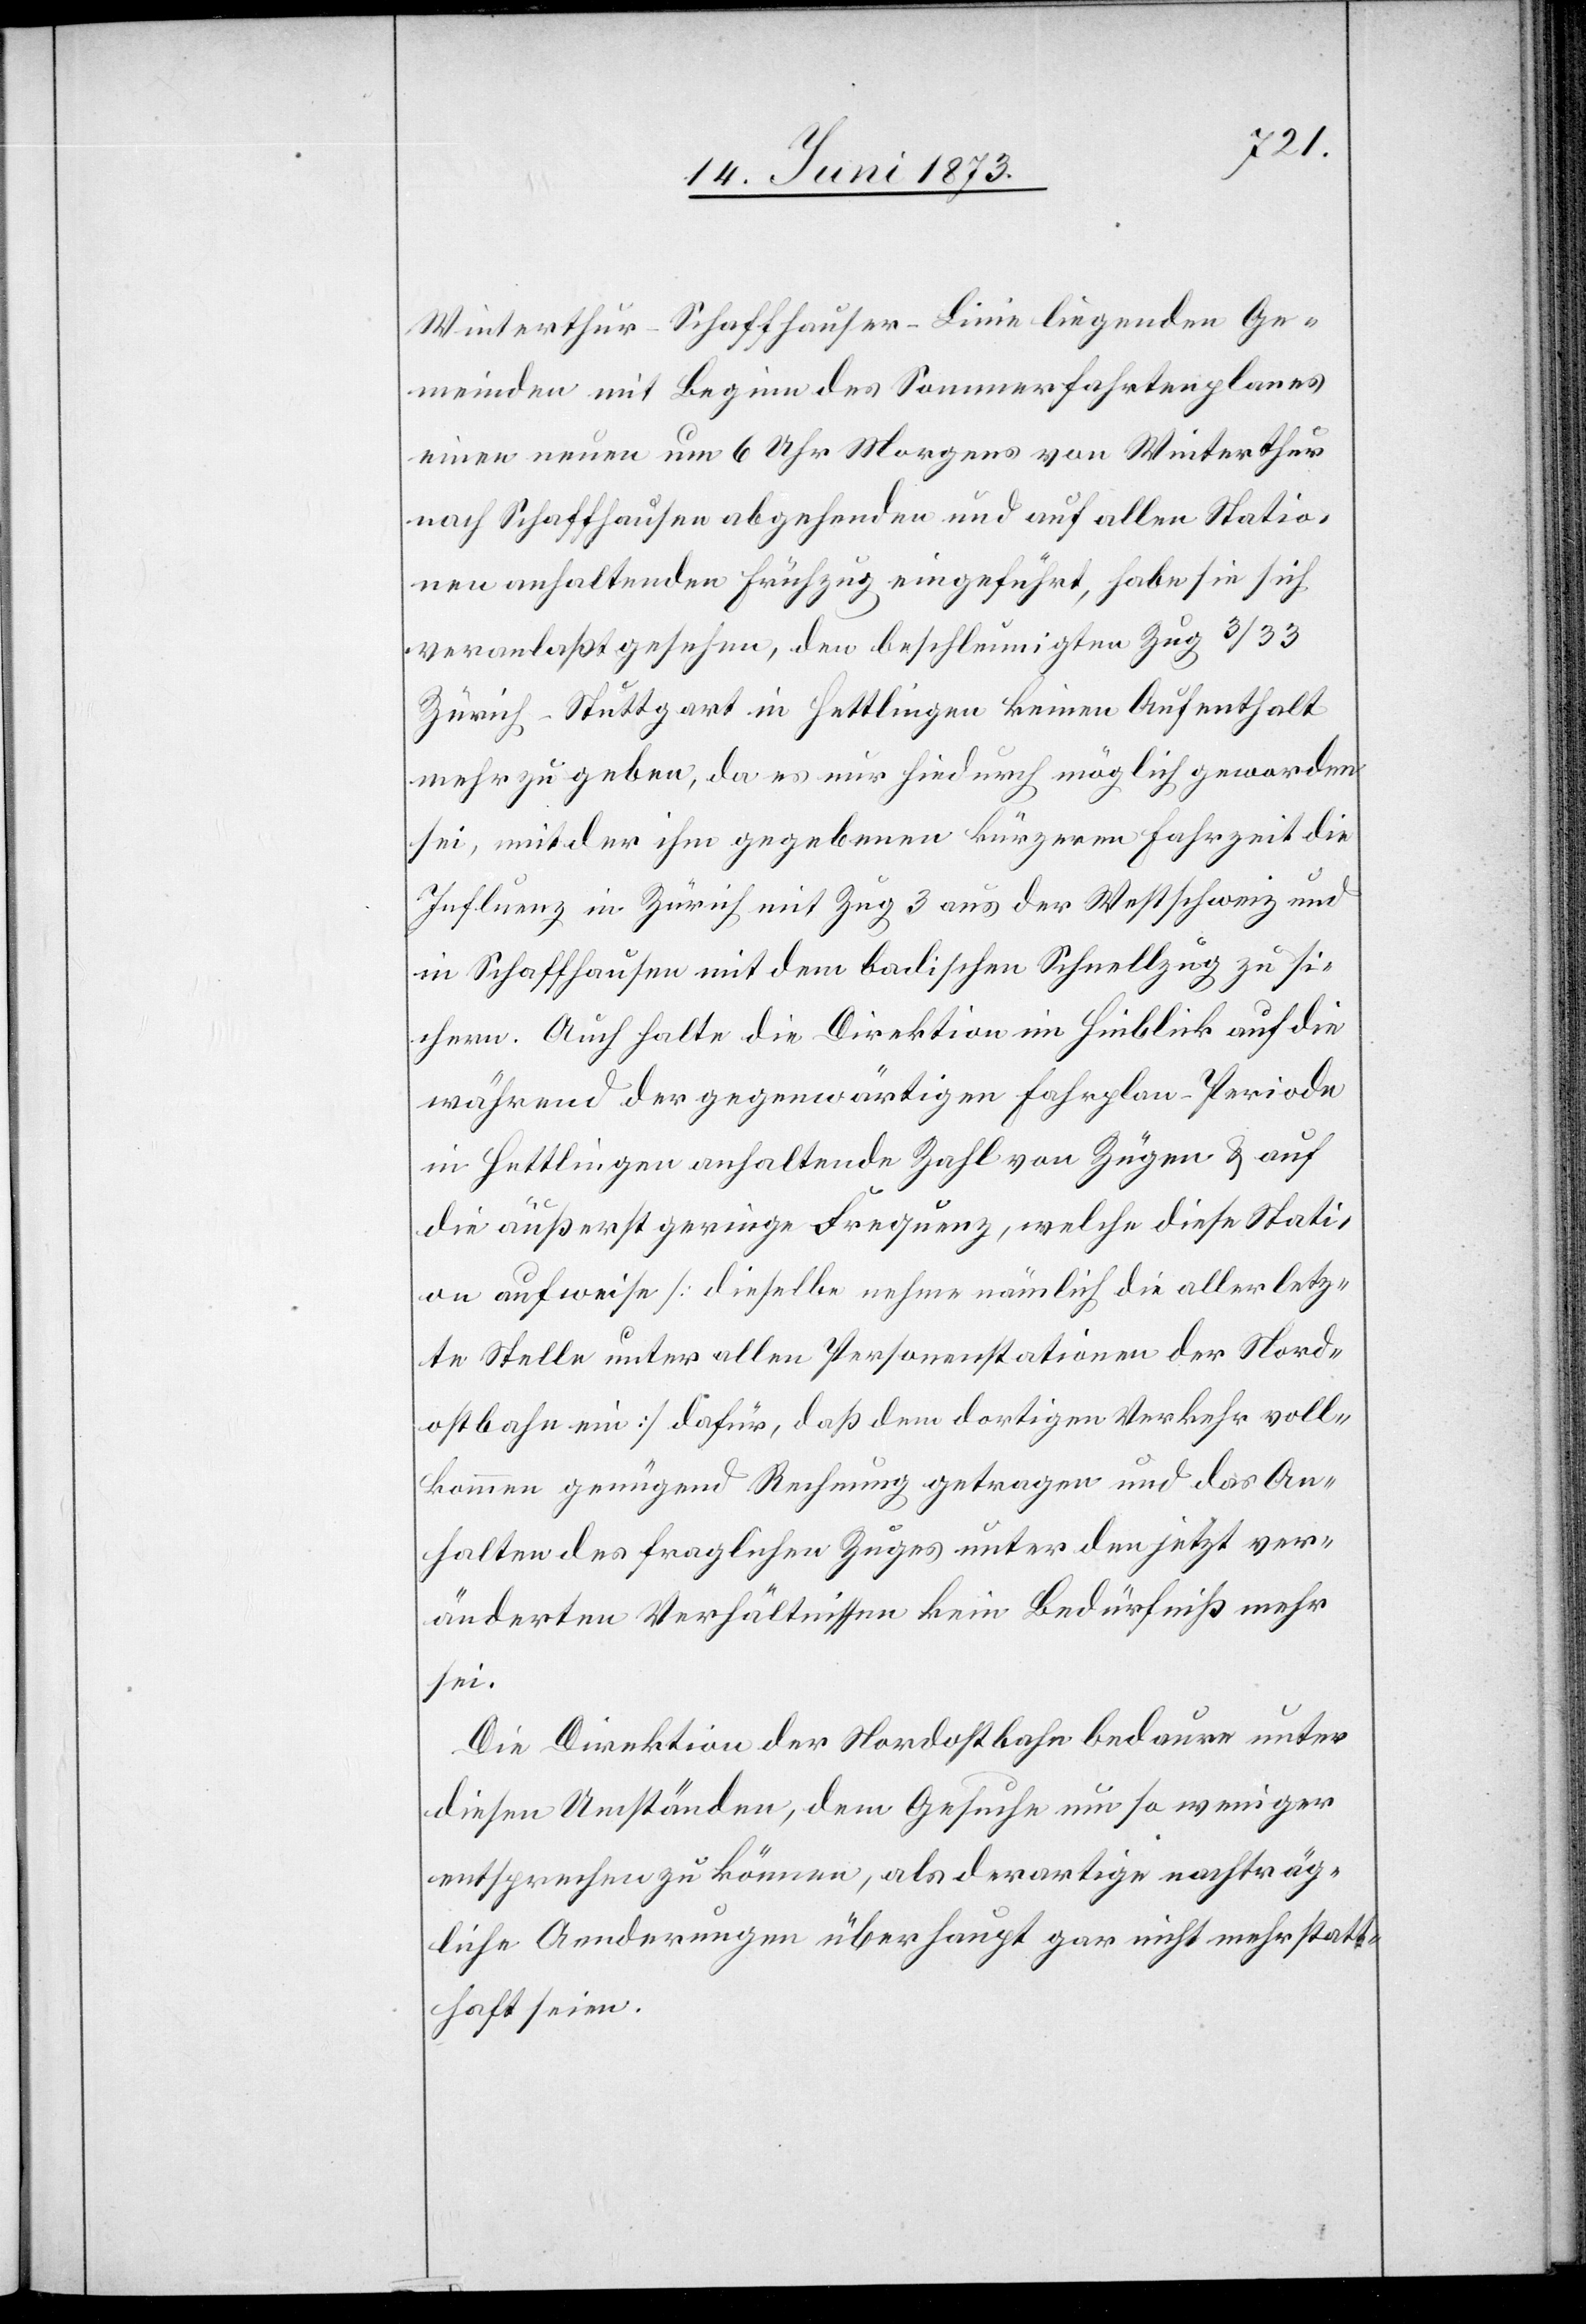
Winterthur–Schaffhausen-Linie liegenden Ge¬
meinden mit Beginn des Sommerfahrtenplanes
einen neuen um 6 Uhr Morgens von Winterthur
nach Schaffhausen abgehenden und auf allen Statio¬
nen anhaltenden Frühzug eingeführt, habe sie sich
veranlaßt gesehen, den [sic!] beschleunigten Zug 3/33
Zürich–Stuttgart in Hettlingen keinen Aufenthalt
mehr zu geben, da es nur hiedurch möglich geworden
sei, mit der ihm gegebenen kürzeren Fahrzeit die
Influenz in Zürich mit Zug 3 aus der Westschweiz und
in Schaffhausen mit dem badischen Schnellzug zu si¬
chern. Auch halte die Direktion im Hinblick auf die
während der gegenwärtigen Fahrplan-Periode
in Hettlingen anhaltende Zahl von Zügen & auf
die äußerst geringe Frequenz, welche diese Stati¬
on aufweise [dieselbe nehme nämlich die allerletz¬
te Stelle unter allen Personenstationen der Nord¬
ostbahn ein] dafür, daß dem dortigen Verkehr voll¬
kommen genügend Rechnung getragen und das An¬
halten des fraglichen Zuges unter den jetzt ver¬
änderten Verhältnissen kein Bedürfniß mehr
sei.
Die Direktion der Nordostbahn bedaure unter
diesen Umständen, dem Gesuche um so weniger
entsprechen zu können, als derartige nachträg¬
liche Aenderungen überhaupt gar nicht mehr statt¬
haft seien.